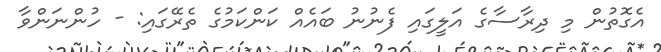
އެގޮތުން މި ދިރާސާގެ އަލީގައި ފެނުނު ބައެއް ކަންކަމުގެ ތެރޭގައި: - ހުންނަންވާ